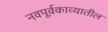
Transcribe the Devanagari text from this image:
नवपूर्वकाव्यातील